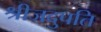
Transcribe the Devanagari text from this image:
श्रीजदुपति